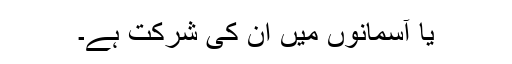
یا آسمانوں میں ان کی شرکت ہے۔